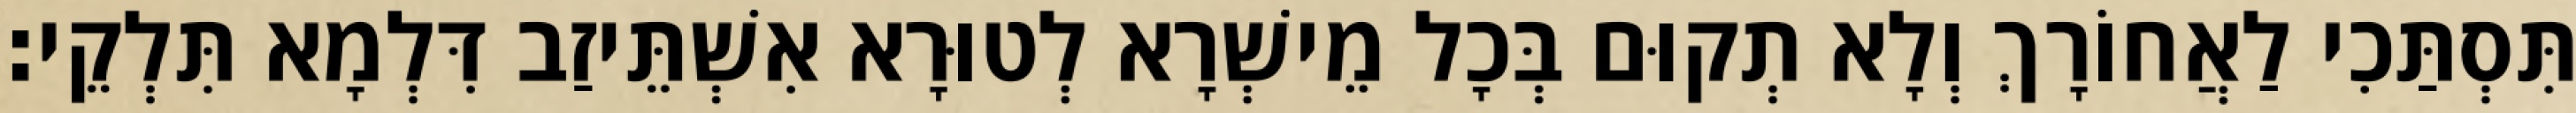
תִּסְתַּכִי לַאֲחוֹרָךְ וְלָא תְקוּם בְּכָל מֵישְׁרָא לְטוּרָא אִשְׁתֵּיזַב דִּלְמָא תִּלְקֵי׃